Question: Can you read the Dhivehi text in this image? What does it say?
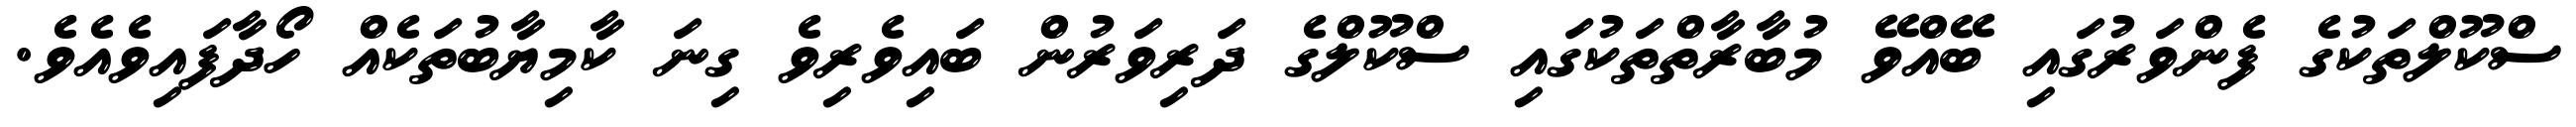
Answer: ސްކޫލްތަކުގެ ފެންވަރުގައި ބޭއްވޭ މުބާރާތްތަކުގައި ސްކޫލްގެ ދަރިވަރުން ބައިވެރިވެ ގިނަ ކާމިޔާބުތަކެއް ހޯދާފައިވެއެވެ.